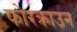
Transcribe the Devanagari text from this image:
फोरक्राउन